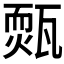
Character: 𤮁